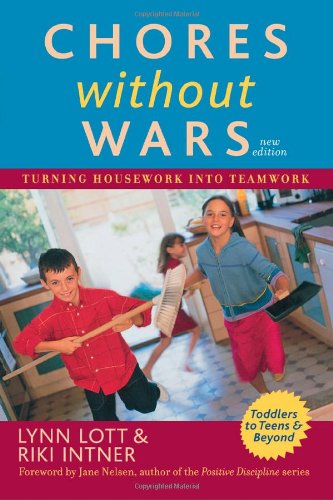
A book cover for Chores Without Wars: Turning Housework into Teamwork; Lynn Lott; Crafts, Hobbies & Home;